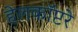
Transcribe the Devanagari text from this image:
हेलकॉप्टरे